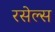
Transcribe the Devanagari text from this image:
रसेल्स